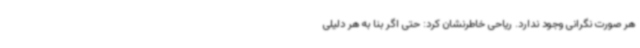
هر صورت نگرانی وجود ندارد. ریاحی خاطرنشان کرد: حتی اگر بنا به هر دلیلی